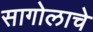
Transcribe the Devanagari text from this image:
सागोलाचे